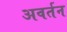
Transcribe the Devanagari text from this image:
अवर्तन